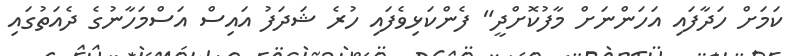
ކަމަށް ހަދާފައި އަހަންނަށް މާފުކޮށްދީ" ފެންކަޅިވެފައި ހުރެ ޝަދަފު އައިސް އަސްމަހާނުގެ ދެއަތުގައި